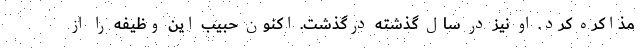
مذاکره کرد. او نیز در سال گذشته درگذشت. اکنون حبیب این وظیفه را از